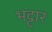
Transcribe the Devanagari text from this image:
भट्टार